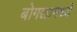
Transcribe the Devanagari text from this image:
बोगद्यामध्ये